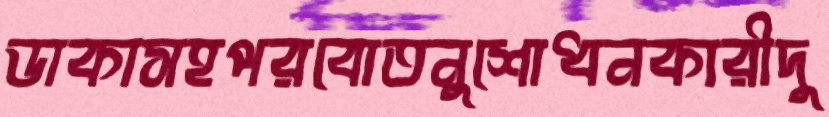
ডাকাসহপরবোতনুশোধনকারীদু